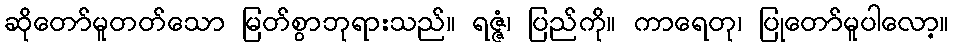
ဆိုတော်မူတတ်သော မြတ်စွာဘုရားသည်။ ရဇ္ဇံ၊ ပြည်ကို။ ကာရေတု၊ ပြုတော်မူပါလော့။